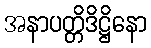
အနာပတ္တိဒိဋ္ဌိနော